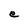
Character: e